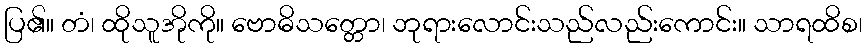
ပြ၏။ တံ၊ ထိုသူအိုကို။ ဗောဓိသတ္တော၊ ဘုရားလောင်းသည်လည်းကောင်း။ သာရထိစ၊